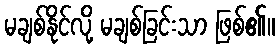
မချစ်နိုင်လို့ မချစ်ခြင်းသာ ဖြစ်၏။